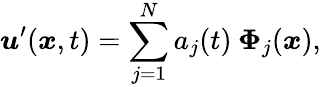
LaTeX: \boldsymbol{u}^{\prime}(\boldsymbol{x},t)=\sum_{j=1}^{N}a_{j}(t)\: \boldsymbol{\Phi}_{j}(\boldsymbol{x}),